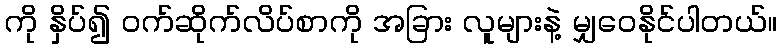
ကို နှိပ်၍ ဝက်ဆိုက်လိပ်စာကို အခြား လူများနဲ့ မျှဝေနိုင်ပါတယ်။